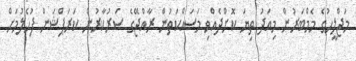
މަޖްލީހުގެ މެމްބަރުން މިއަދު ތިޔަ ކޮށްދެއްވި މަސައްކަތުން ރާއްޖޭގެ ސަރުކާރުން ކަރަޕްޝަން ފުހެލުމަށް